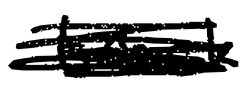
Text: track
Cross-out: scratch
Writing tool: digital_black